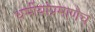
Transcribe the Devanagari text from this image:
धर्मीयांप्रमाणेच